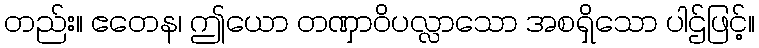
တည်း။ ဧတေန၊ ဤယော တဏှာဝိပလ္လာသော အစရှိသော ပါဌ်ဖြင့်။